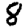
Digit: 8